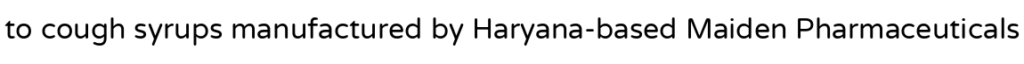
to cough syrups manufactured by Haryana-based Maiden Pharmaceuticals